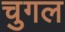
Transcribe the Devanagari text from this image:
चुगल